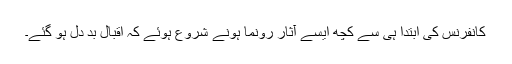
کانفرنس کی ابتدا ہی سے کچھ ایسے آثار رونما ہونے شروع ہوئے کہ اقبال بد دل ہو گئے۔